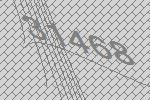
31468